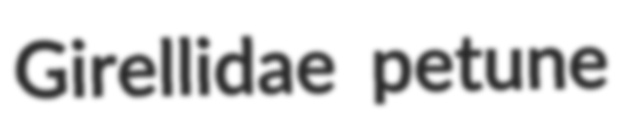
Girellidae petune